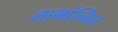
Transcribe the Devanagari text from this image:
लाभांन्वित